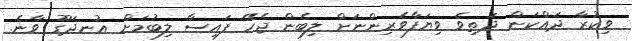
ވިކުރާ ދައްކަން ދަތިވެ ވިޔަފާވެރިންނަށް ލިބެން ޖެހޭ ފައިސާ ލިބުމަށް އުނދަގޫ ވާނެ.